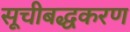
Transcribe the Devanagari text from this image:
सूचीबद्धकरण